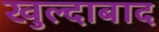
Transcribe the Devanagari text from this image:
खुल्‍दाबाद